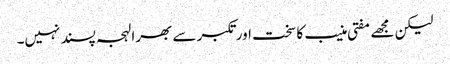
لیکن مجھے مفتی منیب کا سخت اور تکبر سے بھرا لہجہ پسند نہیں۔